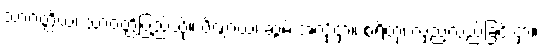
သာဝတ္ထိယံ၊ သာဝတ္ထိပြည်သို့။ ပိဏ္ဍာယ၊ ဆွမ်းအလို့ငှာ။ စရိတုံ၊ လှည့်လည်ခြင်းငှာ။